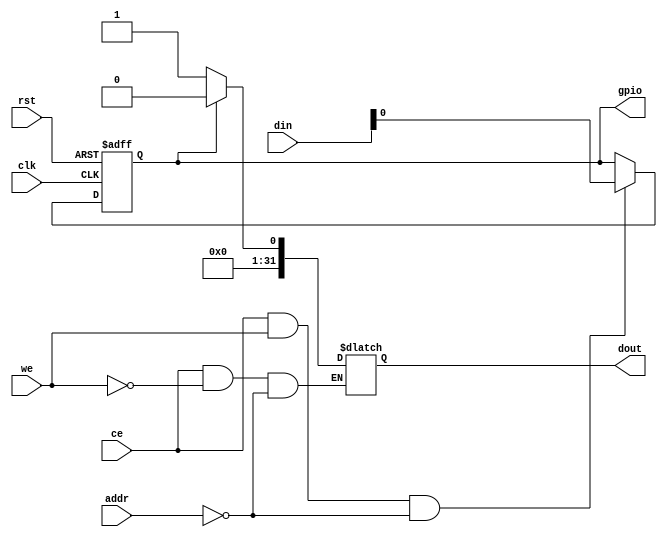
module gpio_bus (
   clk,
   rst,
   ce,
   we,
   addr,
   din,
   dout,

   gpio
   );
   
    input              clk;
    input              rst;
    input              ce;
    input              we;
    input[2:0]         addr;
    input[31:0]        din;
    output[31:0]       dout;

    output gpio;



    reg [31:0] dout;

    reg gpio;


    	
    always @ (posedge clk or posedge rst )
    if ( rst )
        gpio <= 1'h0;
    else if ( ce & we & (addr==3'h0) )
        gpio <= din[0];
    else;

    always @ ( * )
    if (ce & ~we & addr==3'h0)
        dout = gpio ? 32'h0:32'h1;

endmodule